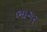
ભાગર